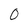
Character: 0